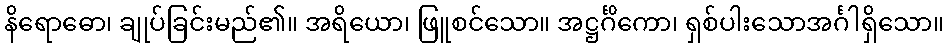
နိရောဓော၊ ချုပ်ခြင်းမည်၏။ အရိယော၊ ဖြူစင်သော။ အဋ္ဌင်္ဂိကော၊ ရှစ်ပါးသောအင်္ဂါရှိသော။